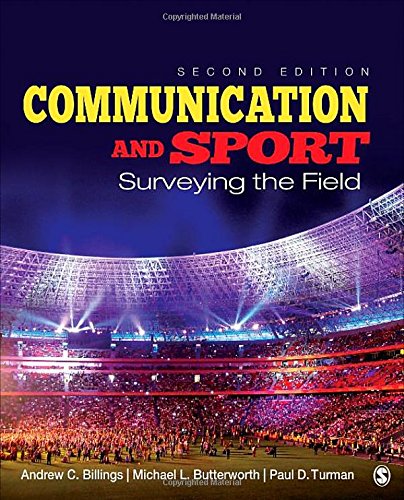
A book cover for Communication and Sport: Surveying the Field; Andrew C. Billings; Sports & Outdoors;